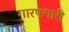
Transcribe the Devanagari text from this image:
गारपगारी